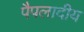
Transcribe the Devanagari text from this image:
पैपलादीय